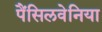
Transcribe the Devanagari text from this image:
पैंसिलवेनिया